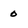
Character: 0